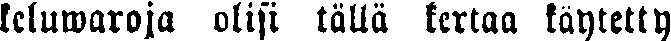
keluwaroja olisi tällä kertaa käytetty